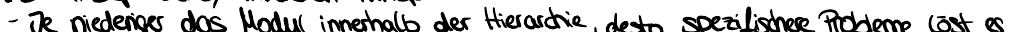
- Je niedriger das Modul innerhalb der Hierarchie, desto spezifischere Probleme löst es